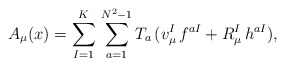
\begin{align*}A_\mu(x)=\sum^K_{I=1}\,\sum^{N^2 -1}_{a=1} T_a\,(v_\mu^I\,f^{aI}+R_\mu^I\,h^{aI}),\end{align*}